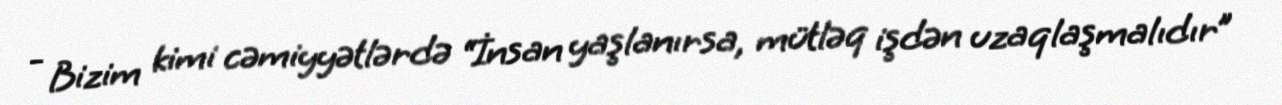
- Bizim kimi cəmiyyətlərdə “İnsan yaşlanırsa, mütləq işdən uzaqlaşmalıdır”